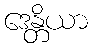
ဒေန္တိယာ